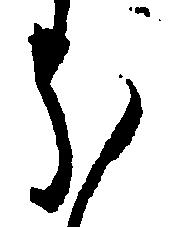
ほ